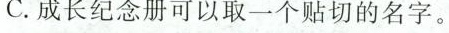
C.成长纪念册可以取一个贴切的名字。